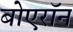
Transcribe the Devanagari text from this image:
बोएरॉन